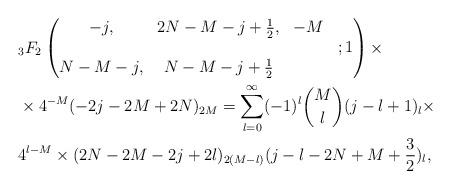
LaTeX: \begin{align*} &{}_3F_{2} \begin{pmatrix} -j, &2N-M-j+\frac{1}{2},& -M \\ & & & ; 1 \\ N-M-j, & N-M-j+\frac{1}{2} & & \\ \end{pmatrix} \times \\ &\times 4^{-M}(-2j-2M+2N)_{2M} =\sum_{l=0}^\infty(-1)^{l}{M\choose l}(j-l+1)_l\times\\ &4^{l-M}\times (2N-2M-2j+2l)_{2(M-l)}(j-l-2N+M+\frac{3}{2})_{l}, \end{align*}